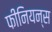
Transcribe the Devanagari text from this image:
फीनियन्स